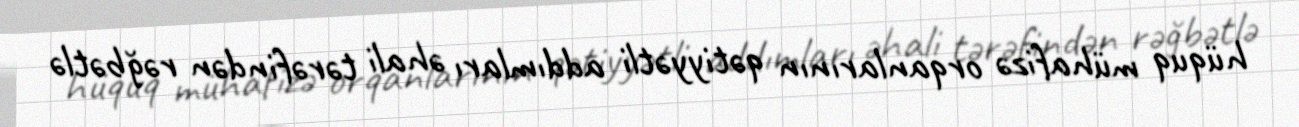
hüquq mühafizə orqanlarının qətiyyətli addımları əhali tərəfindən rəğbətlə